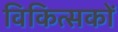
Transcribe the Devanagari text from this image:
विकित्सकों